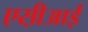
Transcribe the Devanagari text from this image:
एस़ीआई